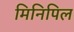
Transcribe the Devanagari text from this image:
मिनिपिल